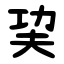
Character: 巭